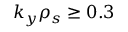
k _ { y } \rho _ { s } \geq 0 . 3